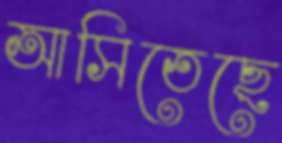
আসিতেছে